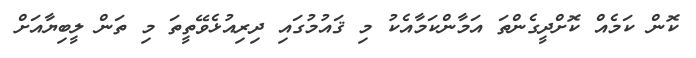
ކޮން ކަމެއް ކޮށްދީގެންތަ އަމާންކަމާއެކު މި ޤައުމުގައި ދިރިއުޅެވޭތީތަ މި ތަން ލީބިޔާއަށް